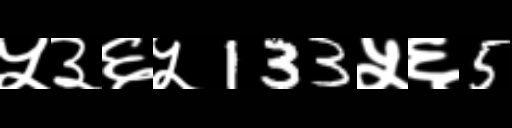
Text: ५३६५133५६5